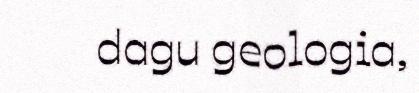
dagu geologia,